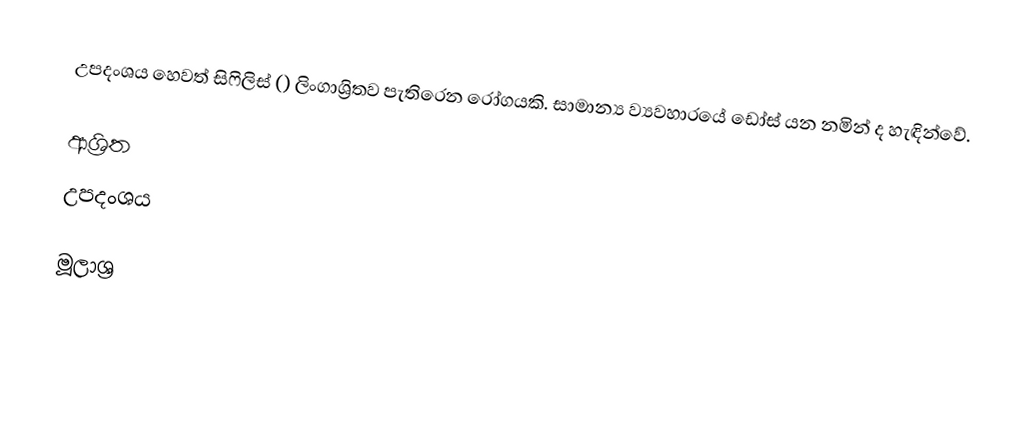
උපදංශය හෙවත් සිෆිලිස් () ලිංගාශ්‍රිතව  පැතිරෙන රෝගයකි. සාමාන්‍ය ව්‍යවහාරයේ ඩෝස් යන නමින් ද හැඳින්වේ.

ආශ්‍රිත
 උපදංශය

මූලාශ්‍ර